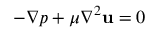
- \nabla p + \mu \nabla ^ { 2 } \mathbf { u } = 0